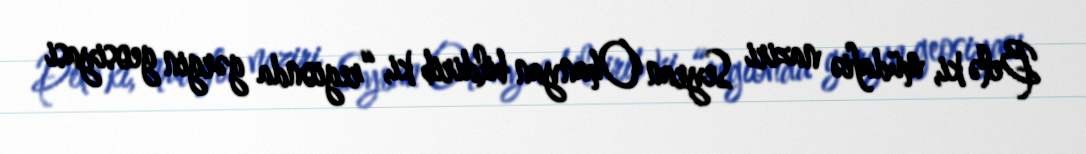
Belə ki, müdafiə naziri Seyran Ohanyan bildirib ki, “regionda gərgin geosiyasi